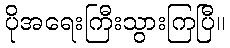
ပိုအရေးကြီးသွားကြပြီ။